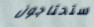
ستحتاجون